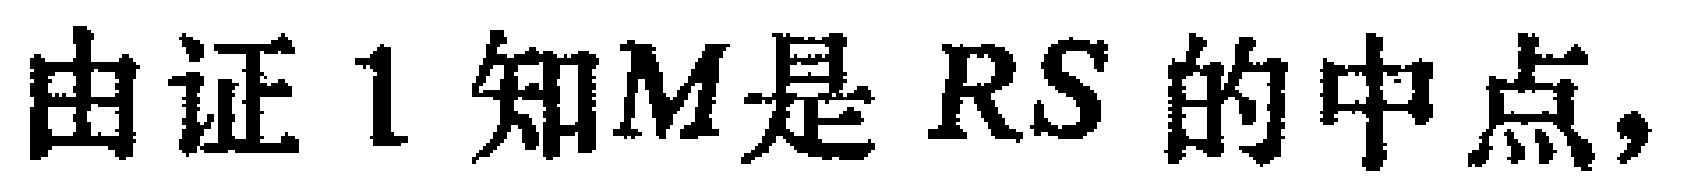
由证1知\(M\)是 \(RS\) 的中点，